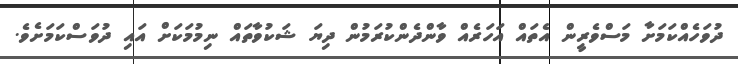
ދުވަހެއްކަމަށާ މަސްވެރީން އެތައް އަހަރެއް ވާންދެންކުރަމުން ދިޔަ ޝަކުވާތައް ނިމުމަކަށް އައި ދުވަސްކަމަށެވެ.